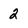
Character: 2